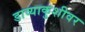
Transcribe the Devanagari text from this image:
डाव्याकुशीवर